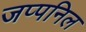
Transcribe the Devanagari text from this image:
जप्पनिल